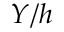
Y / h